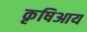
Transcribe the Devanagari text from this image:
कृषिआय